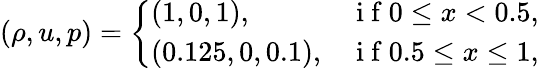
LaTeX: \left(\rho,u,p\right)=\left\{ \begin{array}{ll}{(1,0,1),}&{\mathrm{~i~f~}0\leq x<0.5,}\\ {(0.125,0,0.1),}&{\mathrm{~i~f~}0.5\leq x\leq 1,}\end{array}\right.